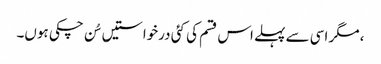
، مگر اسی سے پہلے اس قسم کی کئی درخواستیں سُن چکی ہوں۔